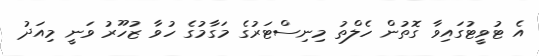
އެ ޓުވީޓުގައިވާ ގޮތުން ހެލްތު މިނިސްޓަރުގެ މަގާމުގެ ހުވާ ޒުހޫރު ވަނީ މިއަދު